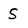
Character: S